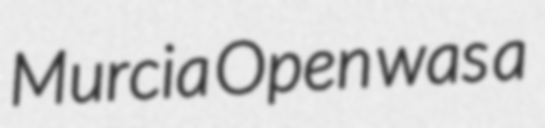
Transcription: Murcia Open was a